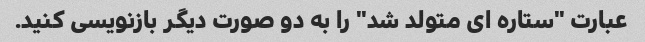
عبارت "ستاره ای متولد شد" را به دو صورت دیگر بازنویسی کنید.